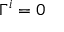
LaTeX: \Gamma ^ { i } = 0